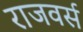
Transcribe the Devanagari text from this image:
राजवर्स